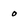
Character: o